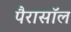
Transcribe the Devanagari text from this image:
पैरासॉल